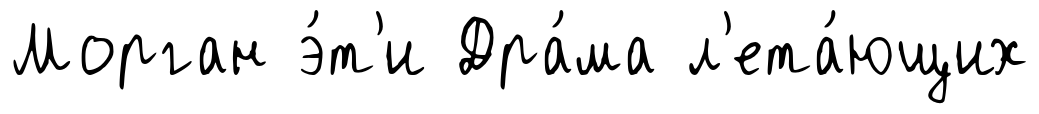
Морган э́т'и Дра́ма л'ета́ющих